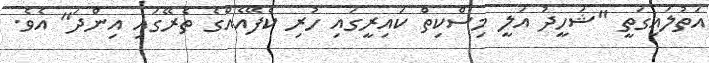
އަތުލައިގަތީ "ޝަހީދު އަލީ މިސްކިތް ކައިރީގައި ހުރި ކެފޭއެއްގެ ތެރޭގައި އިންދަ" އެވެ.